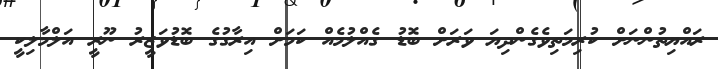
ރައްޔިތުންނަށް ކުރިމަތިވެގެންދިޔަ ވަރަށް ބޮޑު ގެއްލުމެއް ކަމަށް އިރާގުގެ ބޮޑުވަޒީރު ނޫރީ އަލްމާލިކީ